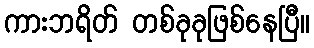
ကားဘရိတ် တစ်ခုခုဖြစ်နေပြီ။